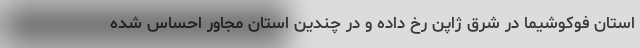
استان فوکوشیما در شرق ژاپن رخ داده و در چندین استان مجاور احساس شده